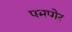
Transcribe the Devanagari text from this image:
पमपोर